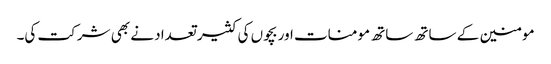
مومنین کے ساتھ ساتھ مومنات اور بچوں کی کثیر تعداد نے بھی شرکت کی۔